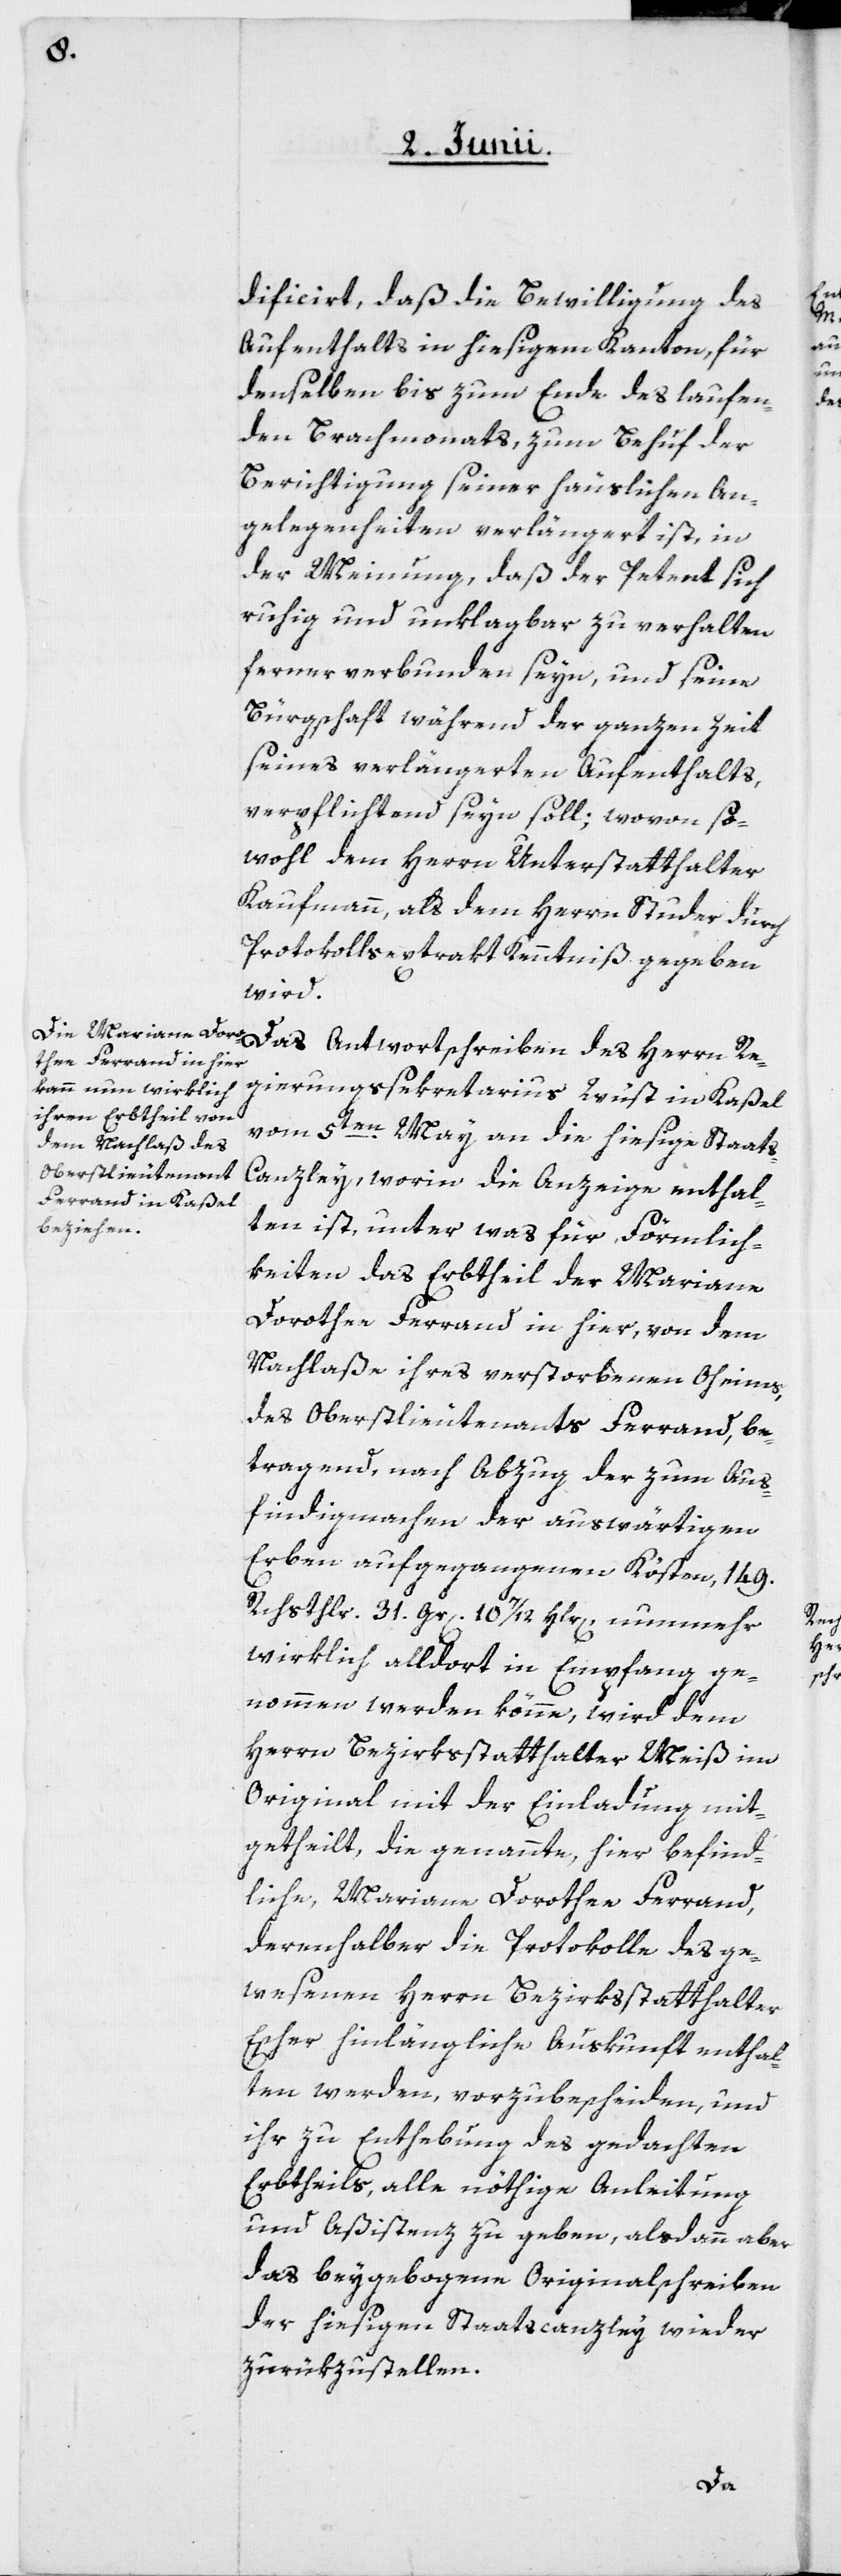
dificirt, daß die Bewilligung des
Aufenthalts in hiesigem Kanton, für
denselben bis zum Ende des laufen¬
den Brachmonats, zum Behuf der
Berichtigung seiner häuslichen An¬
gelegenheiten verlängert ist, in
der Meinung, daß der Petent sich
ruhig und unklagbar zu verhalten
ferner verbunden seyn, und seine
Bürgschaft während der ganzen Zeit
seines verlängerten Aufenthalts,
verpflichtend seyn soll; wovon so¬
wohl dem Herrn Unterstatthalter
Kaufmann, als dem Herrn Studer durch
Protokollsextrakt Kenntniß gegeben
wird.
Das Antwortschreiben des Herrn Re¬
gierungssekretarius Wüst in Kaßel
vom 5ten May an die hiesige Staat¬
s-Canzley, worin die Anzeige enthal¬
ten ist, unter was für Förmlich¬
keiten das Erbtheil der Mariane
Dorothee Ferrand in hier, von dem
Nachlaße ihres verstorbenen Oheims,
des Oberstlieutenants Ferrand, be¬
tragend, nach Abzug der zum Aus¬
findigmachen der auswärtigen
Erben aufgegangenen Kösten: 149.
Rchsthlr., 31. Gr., 10 7/12 Hlr., nunmehr
wirklich alldort in Empfang ge¬
nommen werden könne, wird dem
Herrn Bezirksstatthalter Meiß im
Original mit der Einladung mit¬
getheilt, die genannte, hier befind¬
liche Mariane Dorothee Ferrand,
derenhalber die Protokolle des ge¬
wesenen Herrn Bezirksstatthalter
Escher hinlängliche Auskunft enthal¬
ten werden, vorzubescheiden, und
ihr zu Enthebung des gedachten
Erbtheils, alle nöthige Anleitung
und Aßistenz zu geben, alsdann aber
das beygebogene Originalschreiben
der hiesigen Staatscanzley wieder
zurükzustellen.